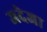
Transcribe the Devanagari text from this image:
जदेजा